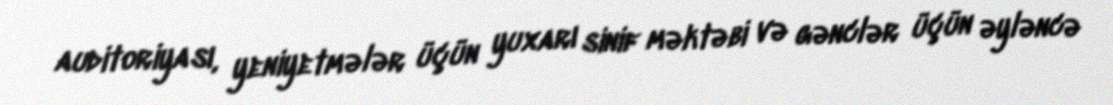
auditoriyası, yeniyetmələr üçün yuxarı sinif məktəbi və gənclər üçün əyləncə